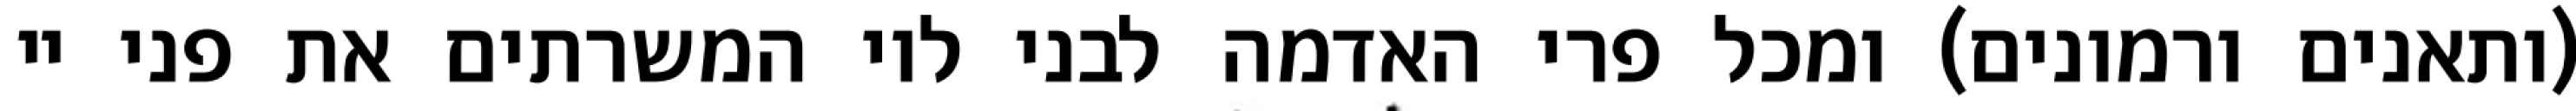
(ותאנים ורמונים) ומכל פרי האדמה לבני לוי המשרתים את פני יי